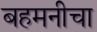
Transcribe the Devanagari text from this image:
बहमनीचा